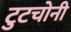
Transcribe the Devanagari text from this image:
टुटचोनी